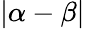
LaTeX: \vert\alpha-\beta\vert